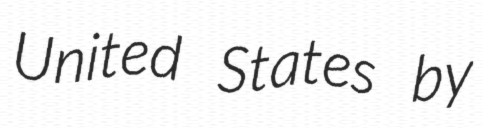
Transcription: United States by